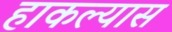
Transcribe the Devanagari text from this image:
हाकल्यास